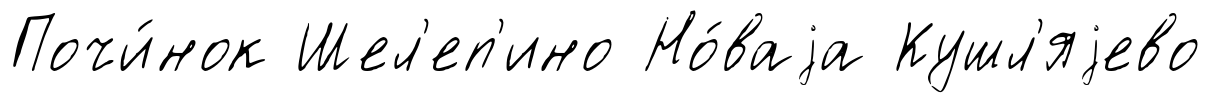
Почи́нок Шел'еп'ино Но́ваjа Кушл'яjево